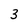
Character: 3